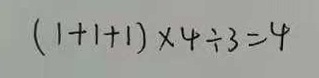
( 1 + 1 + 1 ) \times 4 \div 3 = 4